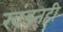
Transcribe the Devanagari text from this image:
खंडनही